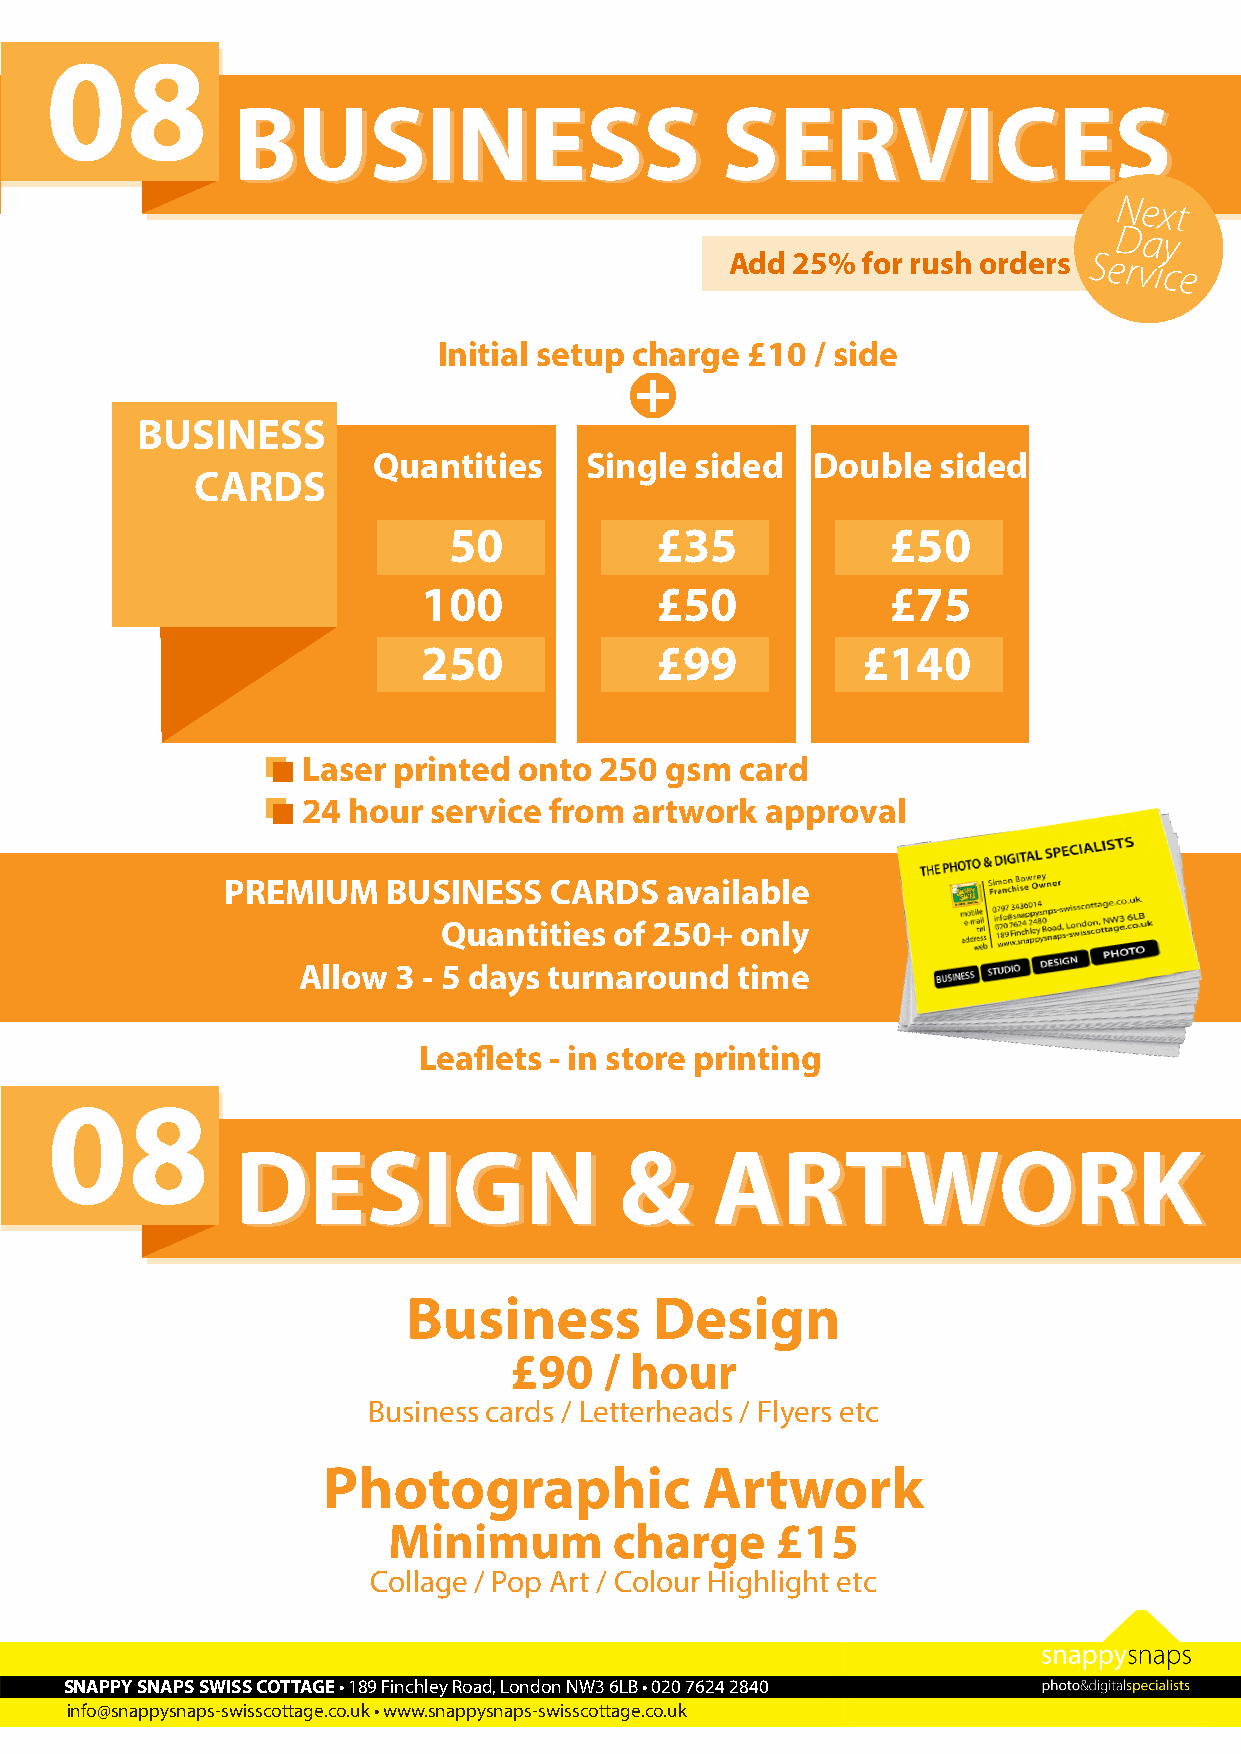
08
 BBUUSSIINNEESSSS                 SSEERRVVIICCEESS
 Next
 Day
 Add 25%  for rush orders Service
 Initial setup charge £10 / side
 +
 BUSINESS
 Quantities    Single sided   Double  sided
 CARDS
 50           £35             £50
 100            £50             £75
 250            £99           £140
 Laser printed onto  250 gsm  card
 24 hour service from  artwork  approval
 PREMIUM    BUSINESS  CARDS   available
 Quantities  of 250+ only
 Allow 3 - 5 days turnaround  time
 Leaflets - in store printing
 08
 DDEESSIIGGNN             &&    AARRTTWWOORRKK
 Business        Design
 £90   / hour
 Business cards / Letterheads / Flyers etc
 Photographic             Artwork
 Minimum        charge    £15
 Collage / Pop Art / Colour Highlight etc
 SNAPPY SNAPS SWISS COTTAGE • 189 Finchley Road, London NW3 6LB • 020 7624 2840
 info@snappysnaps-swisscottage.co.uk • www.snappysnaps-swisscottage.co.uk